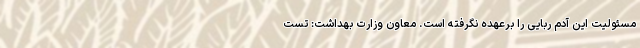
مسئولیت این آدم ربایی را برعهده نگرفته است. معاون وزارت بهداشت: تست